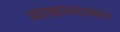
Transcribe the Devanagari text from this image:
व्याख्यानादरम्यान